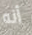
أنه